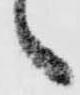
々